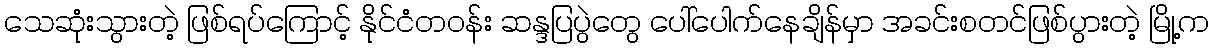
သေဆုံးသွားတဲ့ ဖြစ်ရပ်ကြောင့် နိုင်ငံတဝန်း ဆန္ဒပြပွဲတွေ ပေါ်ပေါက်နေချိန်မှာ အခင်းစတင်ဖြစ်ပွားတဲ့ မြို့က